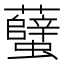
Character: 𧕏